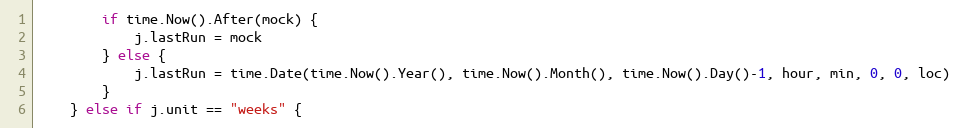
Language: Go
		if time.Now().After(mock) {
			j.lastRun = mock
		} else {
			j.lastRun = time.Date(time.Now().Year(), time.Now().Month(), time.Now().Day()-1, hour, min, 0, 0, loc)
		}
	} else if j.unit == "weeks" {